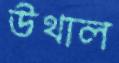
উথাল